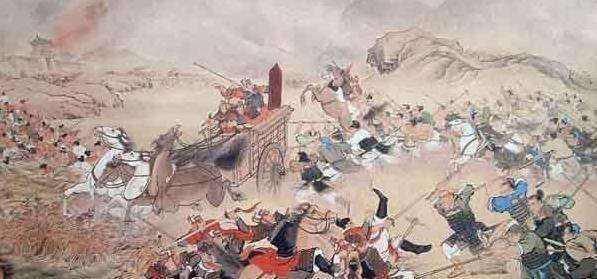
守职而不废，处义而不回。